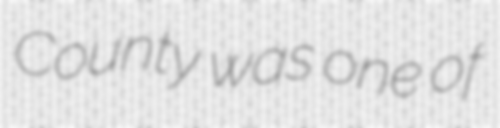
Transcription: County was one of